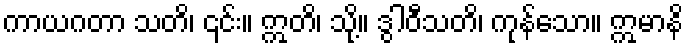
ကာယဂတာ သတိ၊ ၎င်း။ ဣတိ၊ သို့။ ဒွါဝီသတိ၊ ကုန်သော။ ဣမာနိ